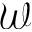
\mathcal { W }